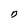
Character: O